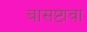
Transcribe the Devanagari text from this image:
बासष्टावा